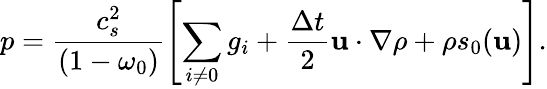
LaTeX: p=\frac{c_{s}^{2}}{\left(1-\omega_{0}\right)}\left[\sum_{i\neq 0}g_{i}+\frac{\Delta t}{2}\mathbf{u}\cdot\nabla\rho+\rho s_{0}(\mathbf{u})\right].